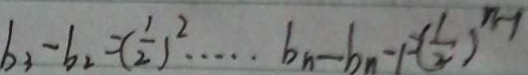
b _ { 3 } - b _ { 2 } = ( \frac { 1 } { 2 } ) ^ { 2 } \cdots b _ { n } - b _ { n } - P ( \frac { 1 } { 2 } ) ^ { n - 1 }